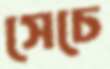
সেচে